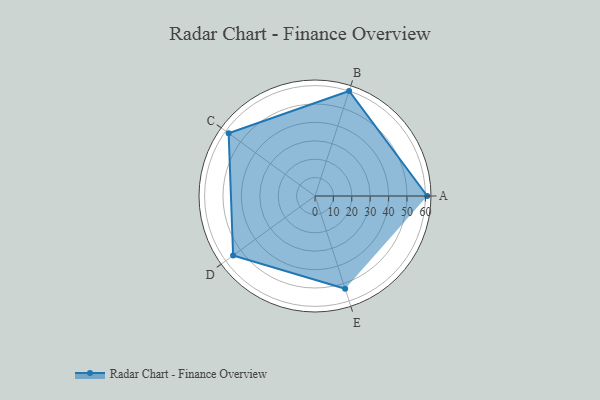
{"axis": {"x": "Skill", "y": "Score"}, "legend": ["Profile"], "data": [{"x": "A", "y": 61.0, "type": "Profile"}, {"x": "B", "y": 60.0, "type": "Profile"}, {"x": "C", "y": 58.0, "type": "Profile"}, {"x": "D", "y": 55.0, "type": "Profile"}, {"x": "E", "y": 53.0, "type": "Profile"}]}